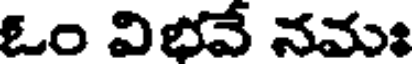
ఓం విభవే నమః